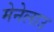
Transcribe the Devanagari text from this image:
मेनेलाउ